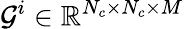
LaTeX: \mathcal{G}^{i}\in\mathbb{R}^{N_{c}\times N_{c}\times M}